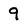
Character: 9